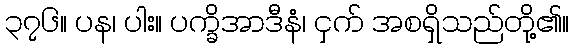
၃၇၆။ ပန၊ ပါး။ ပက္ခိအာဒီနံ၊ ငှက် အစရှိသည်တို့၏။